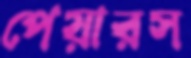
পেয়ারস